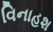
વિનાહશ